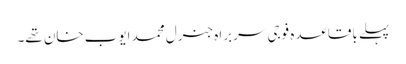
پہلے باقاعدہ فوجی سربراہ جنرل محمد ایوب خان تھے۔